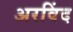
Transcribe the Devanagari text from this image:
अरविंद